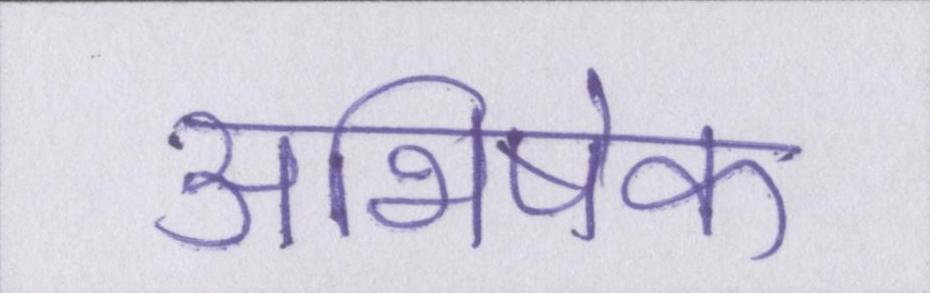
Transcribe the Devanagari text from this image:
अभिषेक